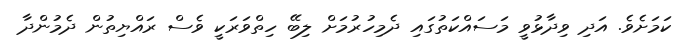
ކަމަށެވެ. އަދި ވިދާޅުވީ މަސައްކަތުގައި ދެމިހުރުމަށް ލިބޭ ހިތްވަރަކީ ވެސް ރައްޔިތުން ދެމުންދާ